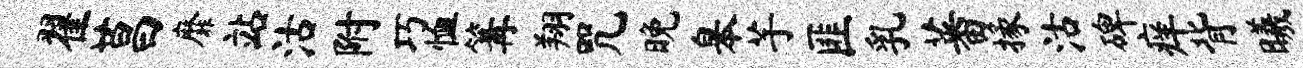
翟莒靡站沽附巧恤篝翔咒晚皋芋匪乳蕃掾沽碑痒背曦